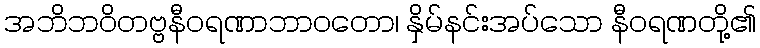
အဘိဘဝိတဗ္ဗနီဝရဏာဘာဝတော၊ နှိမ်နင်းအပ်သော နီဝရဏတို့၏